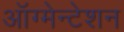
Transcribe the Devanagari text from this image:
ऑग्मेन्टेशन